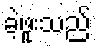
ခဲ့ဖူးသည်